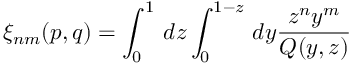
\xi _ { n m } ( p , q ) = \int _ { 0 } ^ { 1 } \, d z \int _ { 0 } ^ { 1 - z } \, d y { \frac { z ^ { n } y ^ { m } } { Q ( y , z ) } }